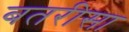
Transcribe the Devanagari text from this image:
बतरीसा